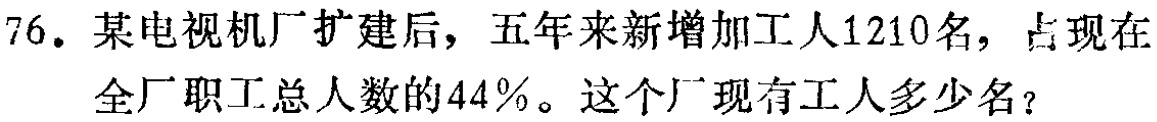
76. 某电视机厂扩建后，五年来新增加工人1210名，占现在全厂职工总人数的44%。这个厂现有工人多少名？